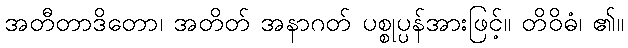
အတီတာဒိတော၊ အတိတ် အနာဂတ် ပစ္စုပ္ပန်အားဖြင့်။ တိဝိဓံ၊ ၏။